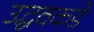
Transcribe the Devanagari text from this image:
उद्धवकडे